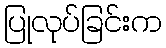
ပြုလုပ်ခြင်းက